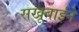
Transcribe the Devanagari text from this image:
सखूबाईने